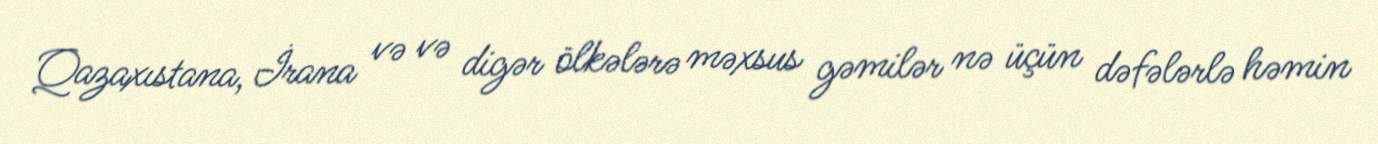
Qazaxıstana, İrana və və digər ölkələrə məxsus gəmilər nə üçün dəfələrlə həmin